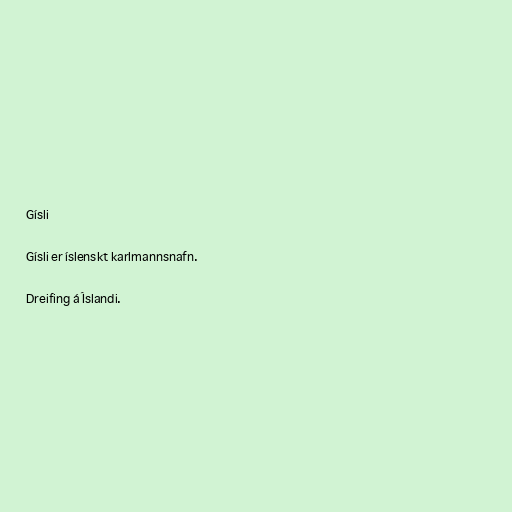
Gísli

Gísli er íslenskt karlmannsnafn.

Dreifing á Íslandi.